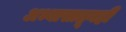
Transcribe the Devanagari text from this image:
अभ्यासातूनही